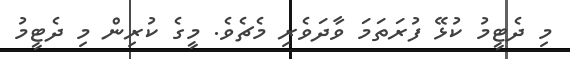
މި ދެޓީމު ކުޅޭ ފުރަތަމަ ވާދަވެރި މެޗެވެ. މީގެ ކުރިން މި ދެޓީމު